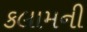
કલામની